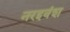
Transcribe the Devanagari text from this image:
नरइवंश